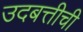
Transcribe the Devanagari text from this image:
उदबत्तीची